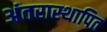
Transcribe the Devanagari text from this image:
अंतरास्थापित